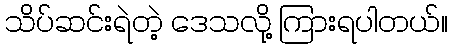
သိပ်ဆင်းရဲတဲ့ ဒေသလို့ ကြားရပါတယ်။